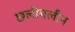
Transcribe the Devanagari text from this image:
छलीमलीन